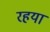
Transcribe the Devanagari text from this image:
रहया